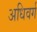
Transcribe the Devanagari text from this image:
अधिवर्ग